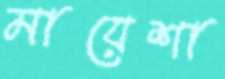
মায়েশা